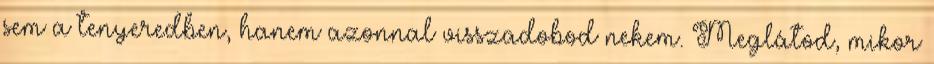
sem a tenyeredben, hanem azonnal visszadobod nekem. Meglátod, mikor